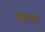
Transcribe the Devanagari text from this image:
वल्म